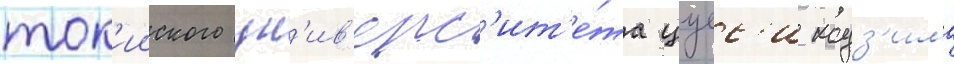
ток'ииского ун'ив'ерс'ит'е́та цуес'и кодз'има